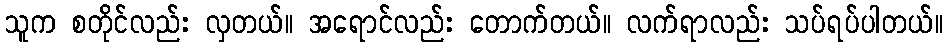
သူက စတိုင်လည်း လှတယ်။ အရောင်လည်း တောက်တယ်။ လက်ရာလည်း သပ်ရပ်ပါတယ်။